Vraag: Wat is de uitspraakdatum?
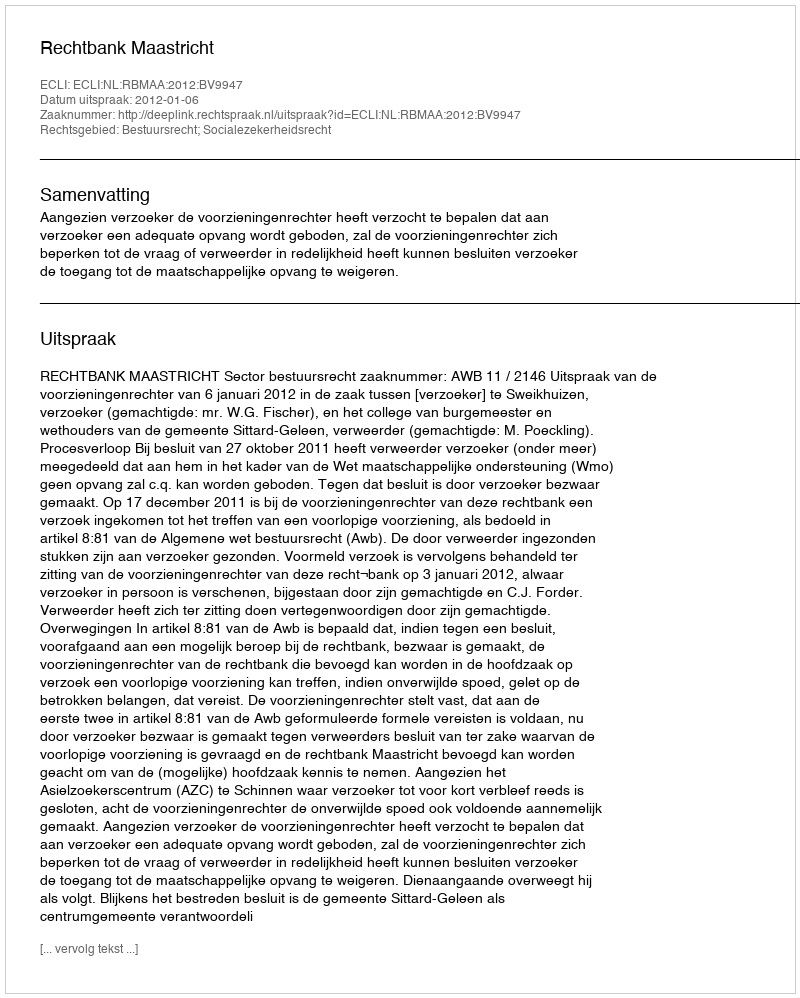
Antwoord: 2012-01-06